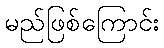
မည်ဖြစ်ကြောင်း